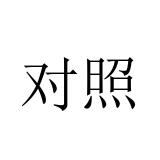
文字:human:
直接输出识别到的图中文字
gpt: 对照